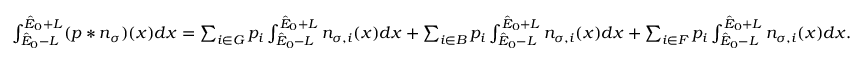
\begin{array} { r } { \int _ { \hat { E } _ { 0 } - L } ^ { \hat { E } _ { 0 } + L } ( p \ast n _ { \sigma } ) ( x ) d x = \sum _ { i \in G } p _ { i } \int _ { \hat { E } _ { 0 } - L } ^ { \hat { E } _ { 0 } + L } n _ { \sigma , i } ( x ) d x + \sum _ { i \in B } p _ { i } \int _ { \hat { E } _ { 0 } - L } ^ { \hat { E } _ { 0 } + L } n _ { \sigma , i } ( x ) d x + \sum _ { i \in F } p _ { i } \int _ { \hat { E } _ { 0 } - L } ^ { \hat { E } _ { 0 } + L } n _ { \sigma , i } ( x ) d x . } \end{array}